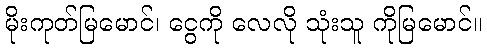
မိုးကုတ်မြမောင်၊ ငွေကို လေလို သုံးသူ ကိုမြမောင်။